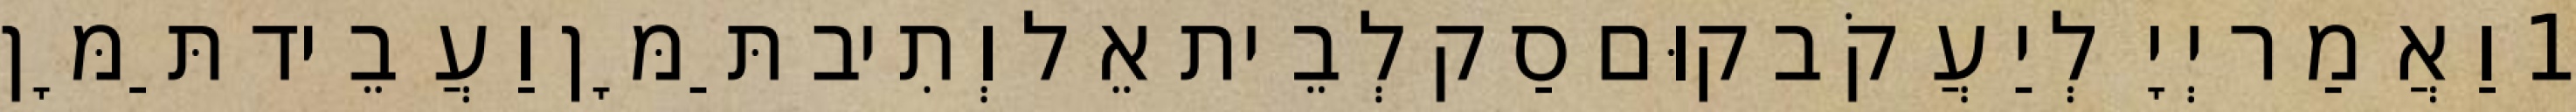
1 וַאֲמַר יְיָ לְיַעֲקֹב קוּם סַק לְבֵית אֵל וְתִיב תַּמָּן וַעֲבֵיד תַּמָּן